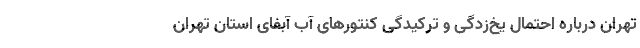
تهران درباره احتمال یخ‌زدگی و ترکیدگی کنتورهای آب آبفای استان تهران